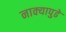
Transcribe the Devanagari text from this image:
नाक्‍यापुढे